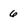
Character: 6